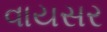
વાયસર